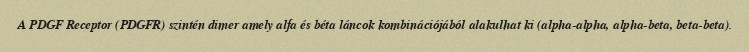
A PDGF Receptor (PDGFR) szintén dimer amely alfa és béta láncok kombinációjából alakulhat ki (alpha-alpha, alpha-beta, beta-beta).